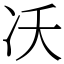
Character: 㓇